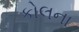
કોલના